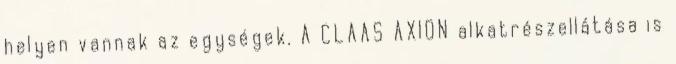
helyen vannak az egységek. A CLAAS AXION alkatrészellátása is